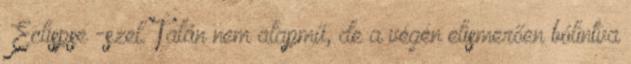
’Eclispse’-szel. Talán nem alapmű, de a végén elismerően bólintva